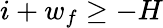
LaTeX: i+w_{f}\geq-H